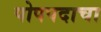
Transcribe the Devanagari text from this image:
पोपपदाचा